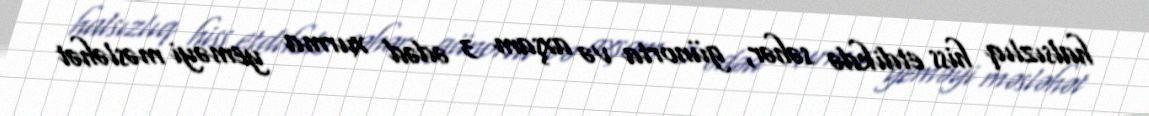
halsızlıq hiss etdikdə səhər, günorta və axşam 3 ədəd xurma yeməyi məsləhət